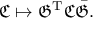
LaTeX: { \mathfrak { C } } \mapsto { \mathfrak { G } } ^ { \mathrm { T } } { \mathfrak { C } } { \bar { \mathfrak { G } } } .